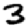
Digit: 3